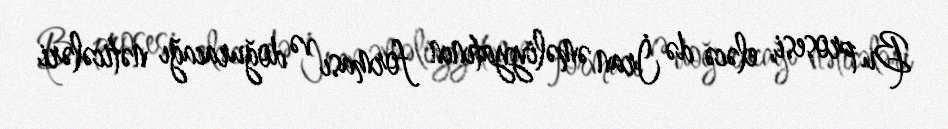
Bu prosesi, eləcə də İran əməliyyatının forması və doğuracağı nəticələri